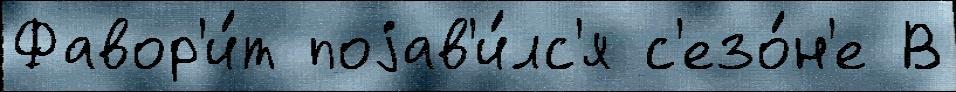
Фавор'и́т поjав'и́лс'я с'езо́н'е В